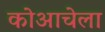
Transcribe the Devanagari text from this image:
कोआचेला